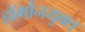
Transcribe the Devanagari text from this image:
हॉर्मोनयुक्त